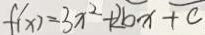
f ( x ) = 3 x ^ { 2 } + 2 b x + c